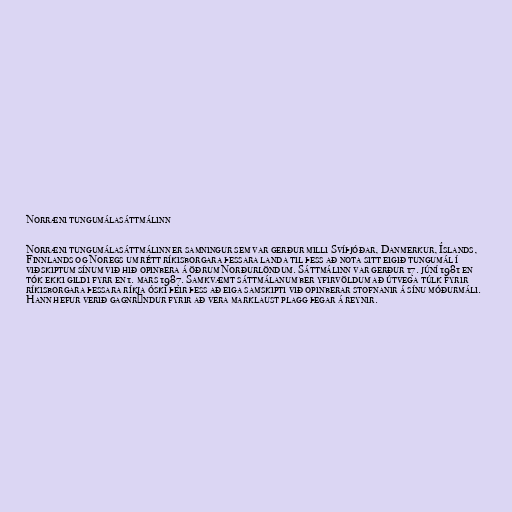
Norræni tungumálasáttmálinn

Norræni tungumálasáttmálinn er samningur sem var gerður milli Svíþjóðar, Danmerkur, Íslands,
Finnlands og Noregs um rétt ríkisborgara þessara landa til þess að nota sitt eigið tungumál í
viðskiptum sínum við hið opinbera á öðrum Norðurlöndum. Sáttmálinn var gerður 17. júní 1981 en
tók ekki gildi fyrr en 1. mars 1987. Samkvæmt sáttmálanum ber yfirvöldum að útvega túlk fyrir
ríkisborgara þessara ríkja óski þeir þess að eiga samskipti við opinberar stofnanir á sínu móðurmáli.
Hann hefur verið gagnrýndur fyrir að vera marklaust plagg þegar á reynir.